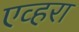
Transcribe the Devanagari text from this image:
एव्हरा